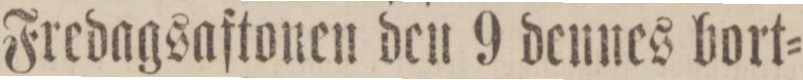
Fredagsaftonen den 9 dennes bort=